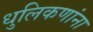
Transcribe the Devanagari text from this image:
धुलिकणांना